Insane asylums in Bengal annual reports 1867-1875 - 1867-1875
Year: 1867
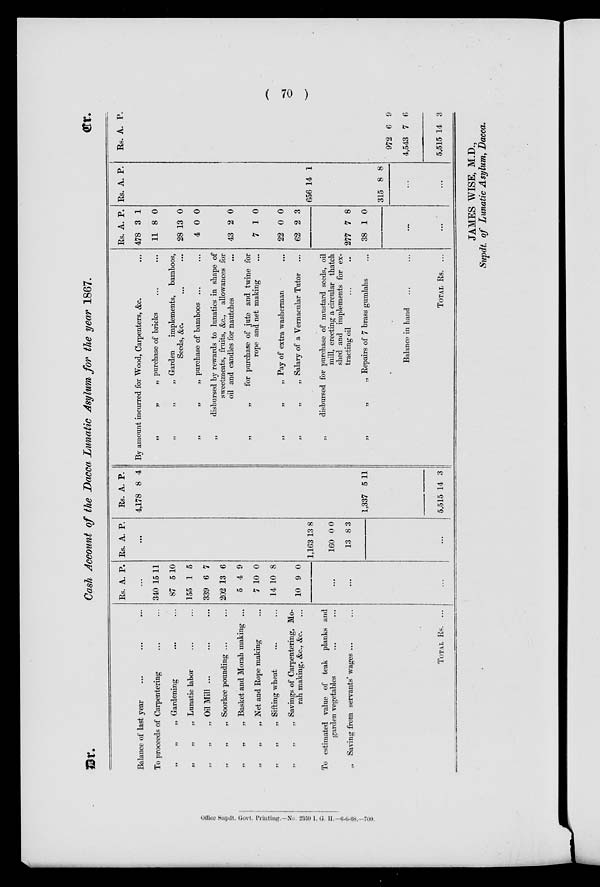
( 70 )
Dr.
Cash Account of the Dacca Lunatic Asylum for the year 1867.
Cr.
Balance of last year ... ... ...
To proceeds of Carpentering ... ...
„
„
„ Gardening ... ...
„
„
„ Lunatic labor ... ...
„
„
„ Oil Mill ... ... ...
„
„
„ Soorkee pounding ... ...
„
„
„ Basket and Morah making ...
„
„
„ Net and Rope making ...
„
„
„ Sifting wheat ... ...
„
„
„ Savings of Carpentering, Mo-
rah making, &c., &c. ...
To estimated value of teak planks and
garden vegetables ... ...
„ Saving from servants' wages ... ...
TOTAL Rs. ...
Rs. A. P.
...
340
87
155
339
202
5
7
14
10
15
5
1
6
13
4
10
10
9
11
10
5
7
6
9
0
8
0
...
...
...
Rs. A. P.
...
1,163
160
13
13
0
8
8
0
3
...
Rs.
4,178
A.
8
P.
4
1,337 5 11
5,515 14 3
By amount incurred for Wood, Carpenters, &c.
...
„
„
„ purchase of bricks ...
„ „ „ Garden
implements, bamboos,
Seeds, &c. ... ...
„
„
„ purchase of bamboos ... ...
„
disbursed by rewards to lunatics in shape of
sweetmeats, fruits, &c., allowances for
oil and candles for nautches ...
„
„
for purchase of jute and twine for
rope and net making ...
„
„
„
Pay of extra washerman ...
Salary of a Vernacular Tutor ...
„
disbursed for purchase of mustard seeds, oil
mill, erecting a circular thatch
shed and implements for ex-
tracting oil ... ...
„
„
„ Repairs of 7 brass gumlahs ...
Balance in hand ... ...
TOTAL Rs.
...
Rs.
478
11
28
4
43
7
22
62
277
38
A.
3
8
13
0
2
1
0
2
7
1
P.
1
0
0
0
0
0
0
3
8
0
...
...
Rs. A. P.
656 14 1
315 8 8
...
...
Rs. A. P.
972
4,543
5,515
6
7
14
9
6
3
JAMES WISE, M.D.,
Supdt. of Lunatic Asylum, Dacca.
Office Supdt. Govt. Printing.—No 2359 I. G. H.—6-6-68.—700.